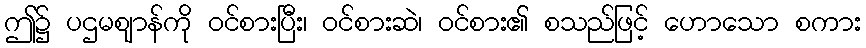
ဤ၌ ပဌမဈာန်ကို ဝင်စားပြီး၊ ဝင်စားဆဲ၊ ဝင်စား၏ စသည်ဖြင့် ဟောသော စကား